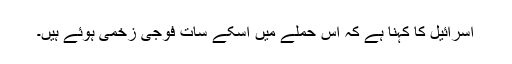
اسرائیل کا کہنا ہے کہ اس حملے میں اسکے سات فوجی زخمی ہوئے ہیں۔